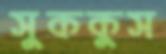
সুককুস